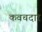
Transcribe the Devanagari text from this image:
कवचदार